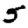
Digit: 5